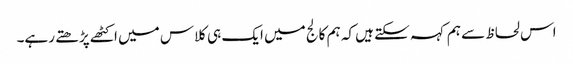
اس لحاظ سے ہم کہہ سکتے ہیں کہ ہم کالج میں ایک ہی کلاس میں اکٹھے پڑھتے رہے۔